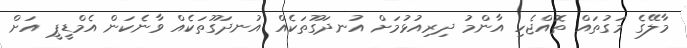
މާލޭގެ މަގުތައް ތޮއްޖެހި އާންމު ދިރިއުޅުމަށް އުނދަގޫތަކެއް އުނދަގޫތަކެއް ވާނެކަން އެމްޑީޕީ އަށް